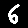
Digit: 6